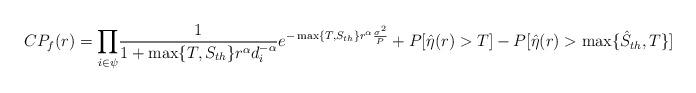
LaTeX: \begin{align*}CP_f(r)=\underset{i \in \psi}\prod\frac{1}{1+\max\{T, S_{th}\}r^\alpha d_i^{-\alpha}}e^{-\max\{T, S_{th}\} r^{\alpha}\frac{\sigma^2}{P}}+P[\hat{\eta}(r)>T]-P[\hat{\eta}(r)>\max\{\hat{S}_{th},T\}]\end{align*}